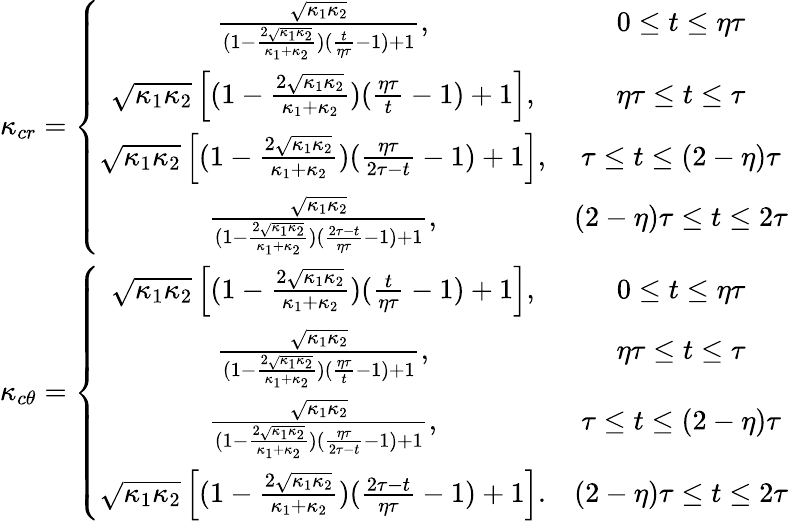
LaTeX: \begin{array}{c}{\kappa_{cr}=\left\lbrace\begin{array}{cc}{\frac{\sqrt{\kappa_{1}\kappa_{2}}}{(1-\frac{2\sqrt{\kappa_{1}\kappa_{2}}}{\kappa_{1}+\kappa_{2}})(\frac{t}{\eta\tau}-1)+1},}&{0\le t\le\eta\tau}\\ {\sqrt{\kappa_{1}\kappa_{2}}\left[(1-\frac{2\sqrt{\kappa_{1}\kappa_{2}}}{\kappa_{1}+\kappa_{2}})(\frac{\eta\tau}{t}-1)+1\right],}&{\eta\tau\le t\le\tau}\\ {\sqrt{\kappa_{1}\kappa_{2}}\left[(1-\frac{2\sqrt{\kappa_{1}\kappa_{2}}}{\kappa_{1}+\kappa_{2}})(\frac{\eta\tau}{2\tau-t}-1)+1\right],}&{\tau\le t\le(2-\eta)\tau}\\ {\frac{\sqrt{\kappa_{1}\kappa_{2}}}{(1-\frac{2\sqrt{\kappa_{1}\kappa_{2}}}{\kappa_{1}+\kappa_{2}})(\frac{2\tau-t}{\eta\tau}-1)+1},}&{(2-\eta)\tau\le t\le 2\tau}\end{array}\right.}\\ {\kappa_{c\theta}=\left\lbrace\begin{array}{cc}{\sqrt{\kappa_{1}\kappa_{2}}\left[(1-\frac{2\sqrt{\kappa_{1}\kappa_{2}}}{\kappa_{1}+\kappa_{2}})(\frac{t}{\eta\tau}-1)+1\right],}&{0\le t\le\eta\tau}\\ {\frac{\sqrt{\kappa_{1}\kappa_{2}}}{(1-\frac{2\sqrt{\kappa_{1}\kappa_{2}}}{\kappa_{1}+\kappa_{2}})(\frac{\eta\tau}{t}-1)+1},}&{\eta\tau\le t\le\tau}\\ {\frac{\sqrt{\kappa_{1}\kappa_{2}}}{(1-\frac{2\sqrt{\kappa_{1}\kappa_{2}}}{\kappa_{1}+\kappa_{2}})(\frac{\eta\tau}{2\tau-t}-1)+1},}&{\tau\le t\le(2-\eta)\tau}\\ {\sqrt{\kappa_{1}\kappa_{2}}\left[(1-\frac{2\sqrt{\kappa_{1}\kappa_{2}}}{\kappa_{1}+\kappa_{2}})(\frac{2\tau-t}{\eta\tau}-1)+1\right].}&{(2-\eta)\tau\le t\le 2\tau}\end{array}\right.}\end{array}